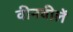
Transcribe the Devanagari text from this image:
वीनवीलें